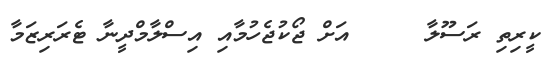
ކީރިތި ރަސޫލާ     އަށް ޖޯކުޖެހުމާއި އިސްލާމްދީނާ ޓެރަރިޒަމާ